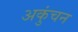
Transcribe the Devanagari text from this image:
अकुंचन